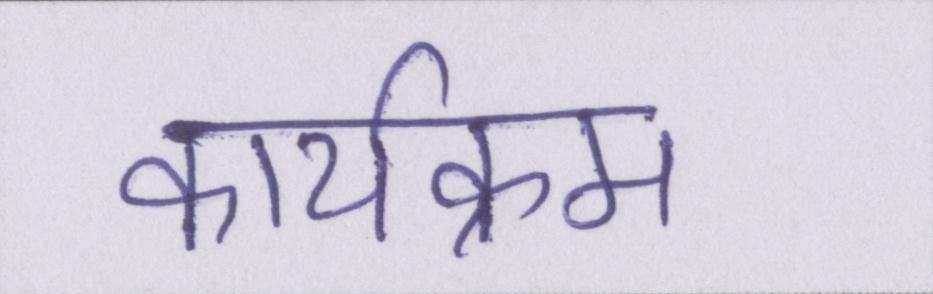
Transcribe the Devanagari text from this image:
कार्यक्रम